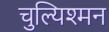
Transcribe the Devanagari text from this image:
चुल्यिश्मन